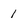
Character: 1